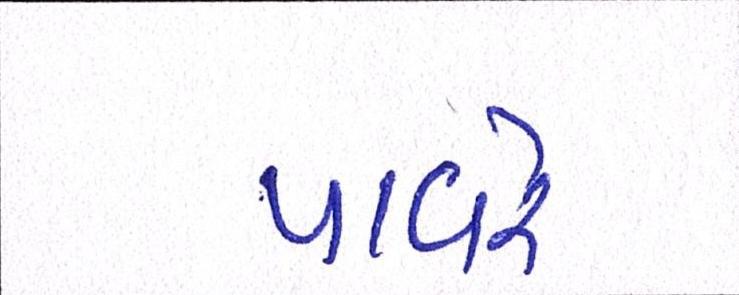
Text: પાવરે